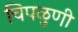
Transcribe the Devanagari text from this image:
चिपळुणी